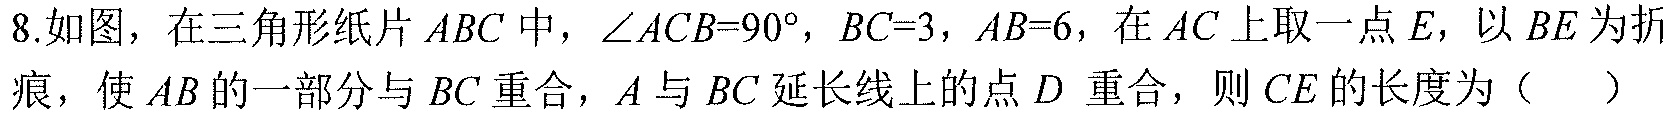
8.如图，在三角形纸片$ABC$中，$\angle ACB = 90^{\circ}$，$BC = 3$，$AB = 6$，在$AC$上取一点$E$，以$BE$为折痕，使$AB$的一部分与$BC$重合，$A$与$BC$延长线上的点$D$重合，则$CE$的长度为（  ）